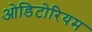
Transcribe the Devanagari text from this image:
ओडिटोरियम